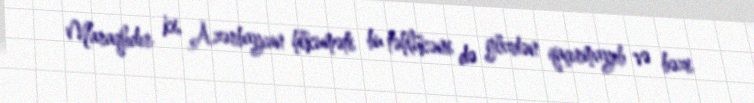
Maraqlıdır ki, Azərbaycan hökuməti bu təhlükəni də gözdən qaçırmayıb və bəzi